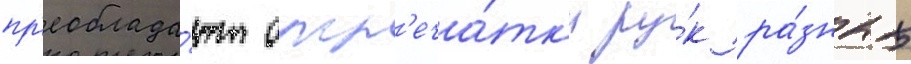
пр'еоблада́ют отп'еча́тк'и ру́к ра́зных